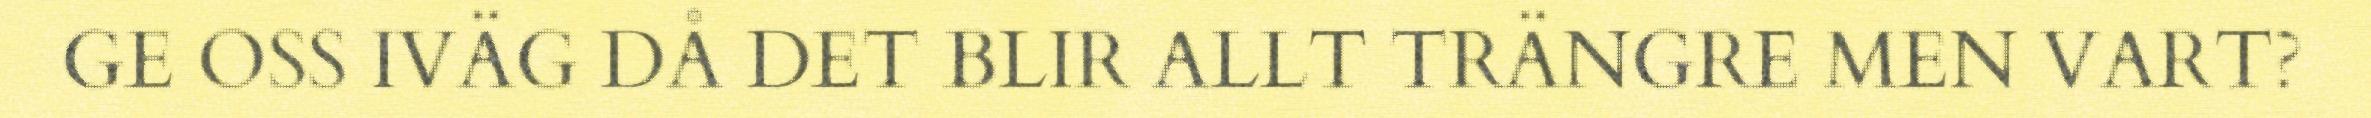
GE OSS IVÄG DÅ DET BLIR ALLT TRÄNGRE MEN VART?